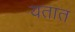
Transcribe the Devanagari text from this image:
यतात